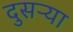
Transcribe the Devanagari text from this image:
दुसऱ्या